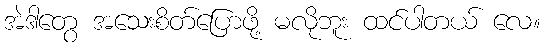
အဲဒါတွေ အသေးစိတ်ပြောဖို့ မလိုဘူး ထင်ပါတယ် လေ။